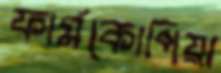
ফার্মকোপিয়া